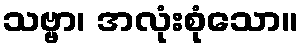
သဗ္ဗာ၊ အလုံးစုံသော။